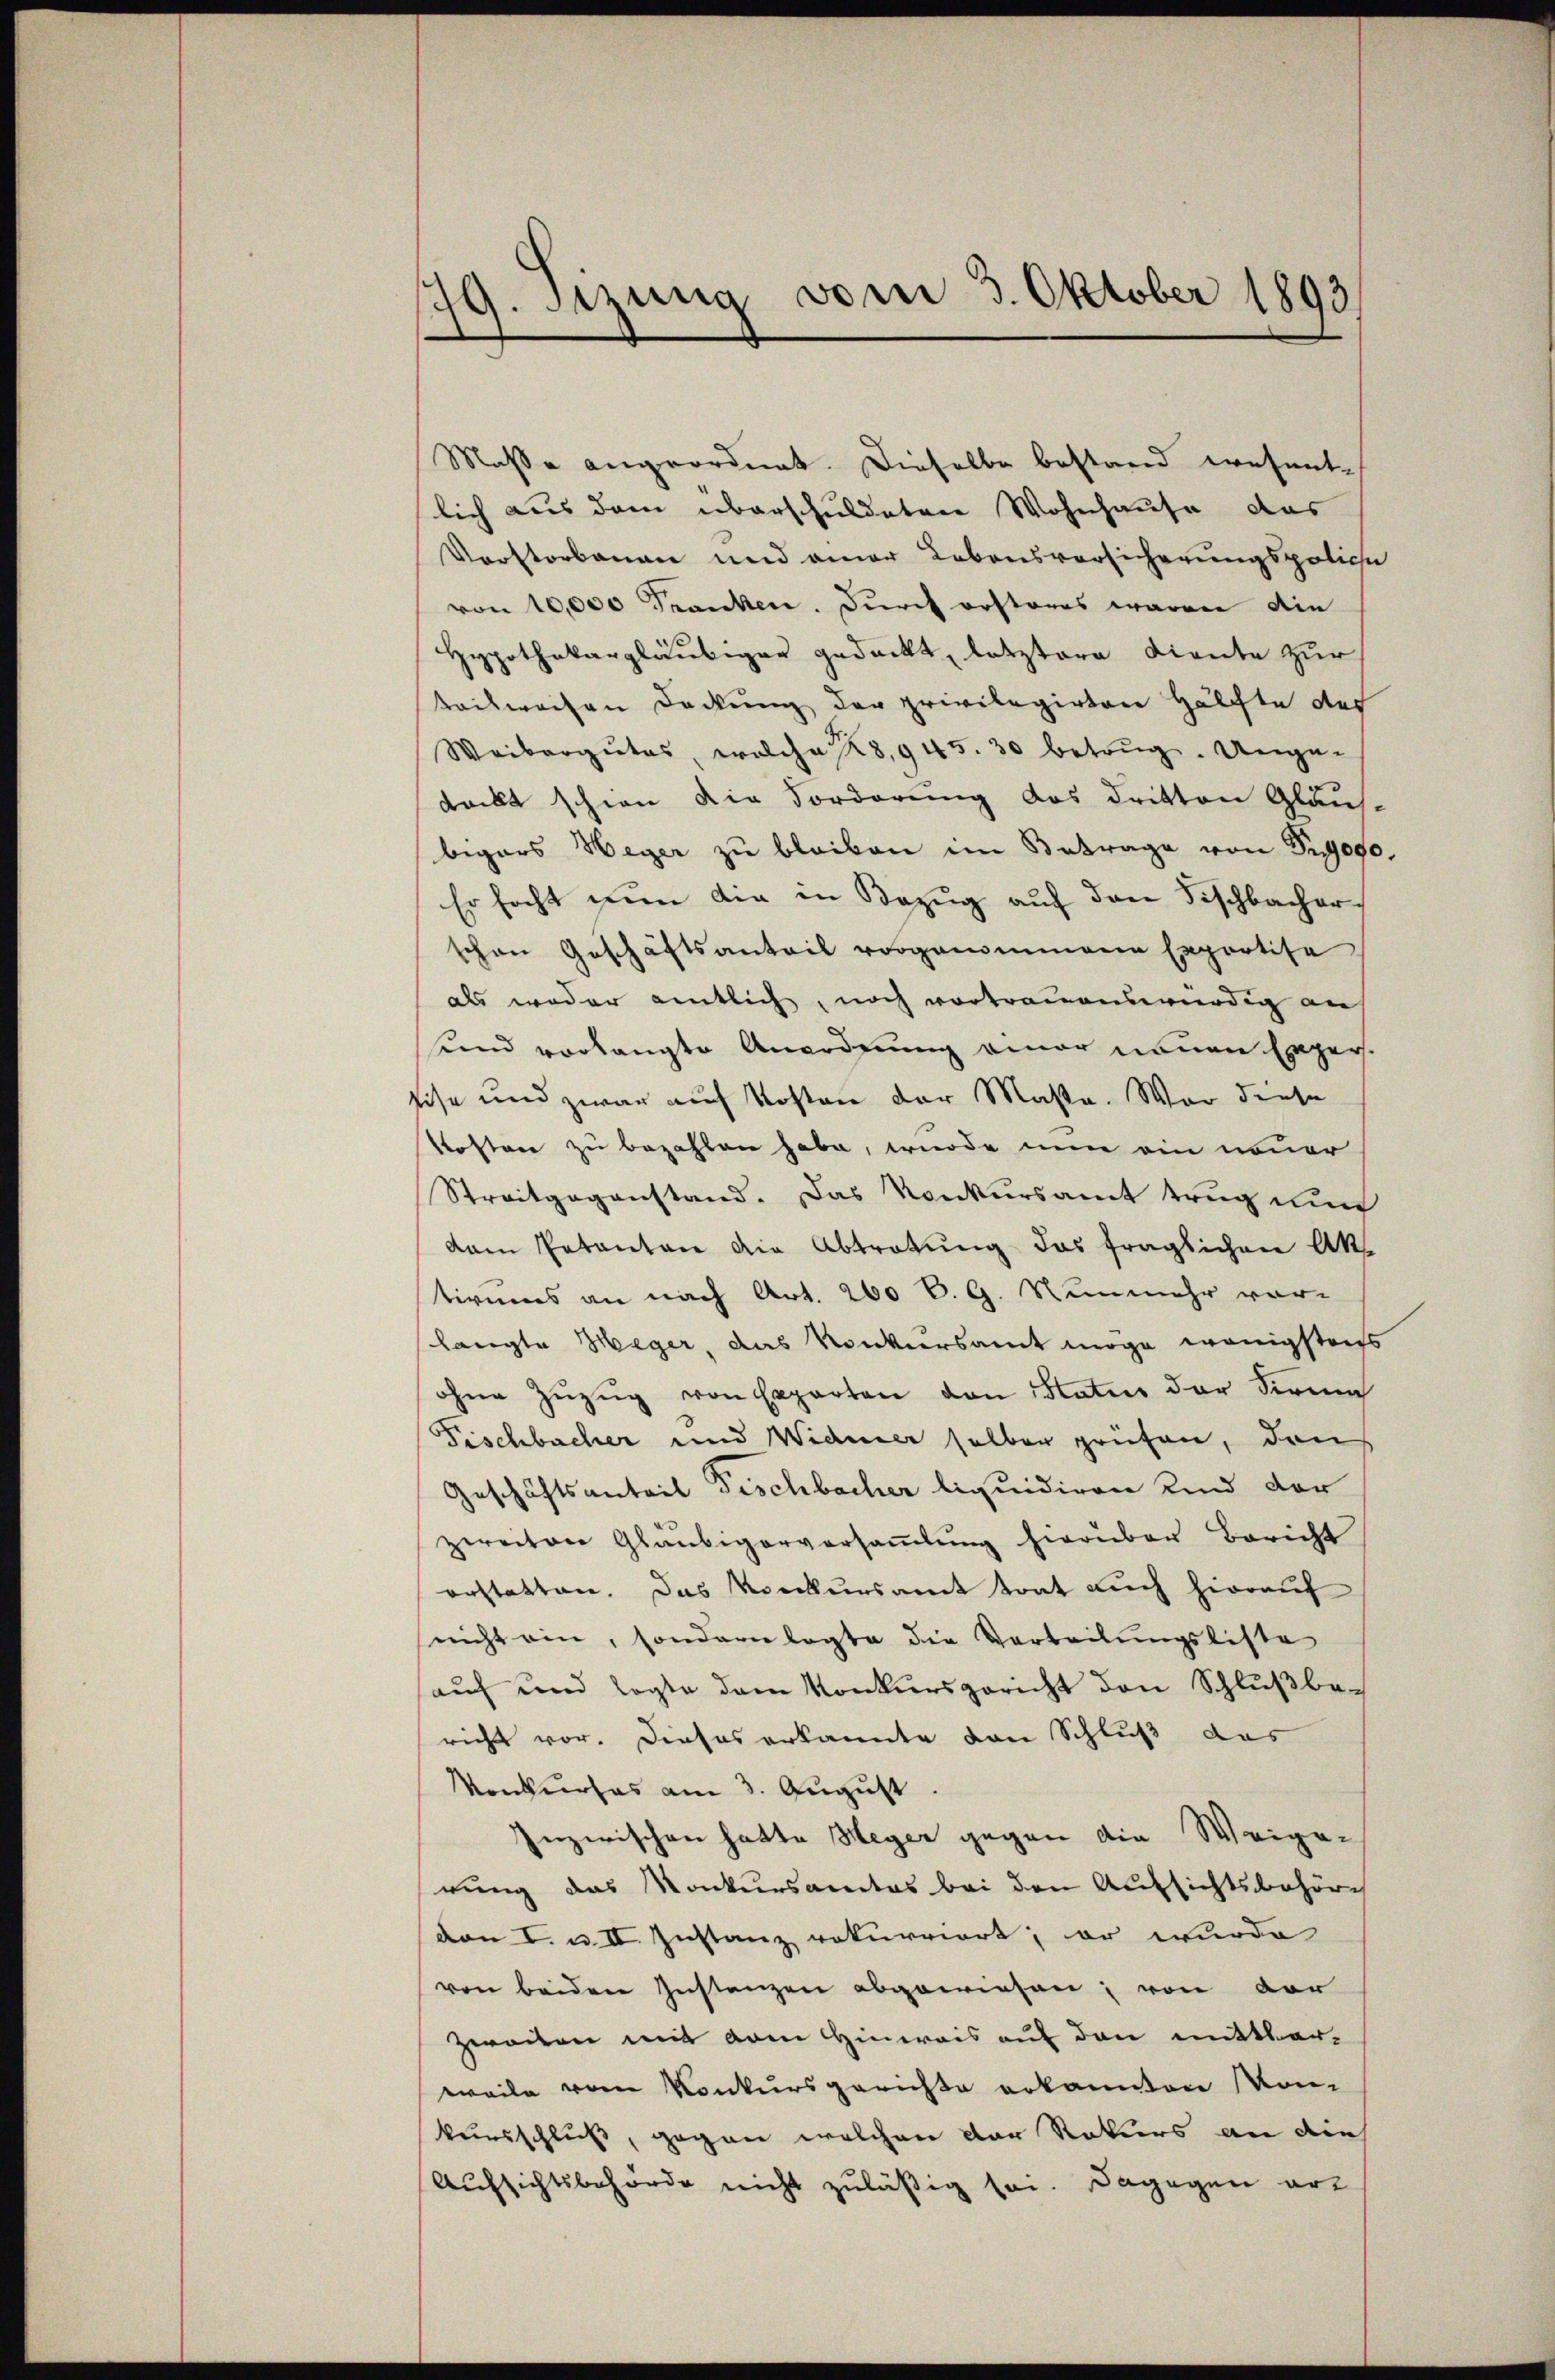
79. Setzung vom 3. Oktober 1893

Masse angeordnet. Dieselbe bestand wesentlich aus dem überschuldeten Wohnhause das
Vorstorbenen und einer Lebensvorsicherungspoliche
von 10,000 Franken. Durch erstores waren die
Hypothekargläubiger gedeckt, letztere Lieute zur
teilweisen Deckung der privilegirten Hälfte des
Weibergutes, welche 3,945. 30 betrug. Unge-
deckt schien die Forderung das dritten Gläus-
bigers Weger zu bleiben im Betrage von Sigg,
Er focht nun die in Bezug auf den Fischbacher
schen Geschäftsanteil vorgenommene Exportise
als weder amtlich, noch vortrauenswürdig auf
und vorlangte Anordnung einer neuen Exper
sise und zwar auf Kosten der Masse. War diese
kosten zu bezahlen habe, wurde nun ein neuer
Streitgegenstand. Das Konkursamt trug nun
dam Petenten die Abtretung das fraglichen Ak
tivums an nach Art. 200 l. G. Nunmehr vor-
langte Weger, das Konkursamt möge wenigstens
ohne Zŭzŭg von Experten von Status der Firma
Fischbacher und Widmer selber prüfen, den
Geschäftsanteil Fischbacher liquidiren Kind der
zereiten Gläubigerversaṁlŭng hierüber Bericht
erstatten. Das Konkursamt trat auch hierauf
nicht ein, sondern legte die Vorteilungsliste
auf und legte dem Konkursgericht den Schlußbe-
richt vor. Dieses erkannte von Schluß das
Konkurses am 3. August
Inzwischen hatte Meger gegen die Weigerung das Konkursamtes bei den Aufsichtsbehörvon I. u. II. Instanz rekurriert; er wurde
von beiden Instanzen abgewiesen; von der
Zweiten mit dem Hinweis auf den mittlerweile vom Konkursgerichte erkannten von
kursschluß, gegen welchen der Rekurs an der
Aufsichtsbehörde nicht zuläßig sei. Dagegen erz